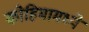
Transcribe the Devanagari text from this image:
कोहिमामध्ये